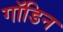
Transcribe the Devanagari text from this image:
गॉडिन